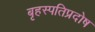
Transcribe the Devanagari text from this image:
बृहस्पतिप्रदोष